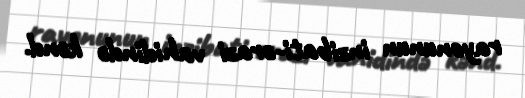
rayonunun inzibati-ərazi vahidində kənd.